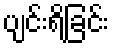
ပျင်းရိခြင်း